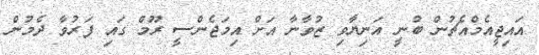
އައިޖީއެމްއެޗުން ބުނީ އަނިޔާވި ޒުވާނާ އަށް އިމަޖެންސީ ރޫމް ގައި ފަރުވާ ދެމުން